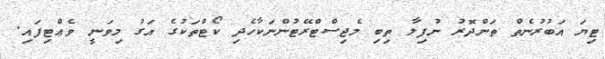
ޓިޔަ އަބުރުނެތް ތަންދޮރު ނުފިލާ ތިބި މެޖިސްޓްރޭޓުންނަކާހެދި ކޯޓްތަކުގެ އަގު މިވަނީ ވެޢްޓިފައި.